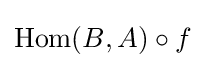
\operatorname {Hom} (B,A)\circ f